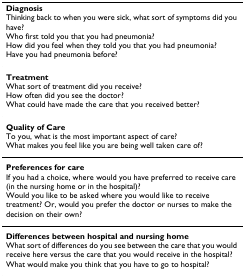
| DiagnosisThinking back to when you were sick, what sort of symptoms did you have?Who first told you that you had pneumonia?How did you feel when they told you that you had pneumonia?Have you had pneumonia before? |
 | --- |
 | TreatmentWhat sort of treatment did you receive?How often did you see the doctor?What could have made the care that you received better? |
 | Quality of CareTo you, what is the most important aspect of care?What makes you feel like you are being well taken care of? |
 | Preferences for careIf you had a choice, where would you have preferred to receive care (in the nursing home or in the hospital)?Would you like to be asked where you would like to receive treatment? Or, would you prefer the doctor or nurses to make the decision on their own? |
 | Differences between hospital and nursing homeWhat sort of differences do you see between the care that you would receive here versus the care that you would receive in the hospital?What would make you think that you have to go to hospital? |